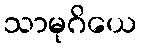
သာမုဂိယေ